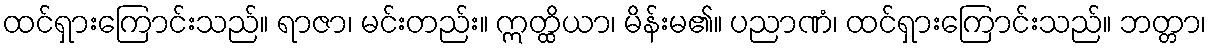
ထင်ရှားကြောင်းသည်။ ရာဇာ၊ မင်းတည်း။ ဣတ္ထိယာ၊ မိန်းမ၏။ ပညာဏံ၊ ထင်ရှားကြောင်းသည်။ ဘတ္တာ၊